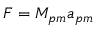
{ F = M _ { p m } a _ { p m } }